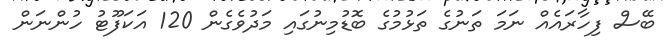
ބޭސް ފިހާރައެއް ނަމަ ތަނުގެ ތަޅުމުގެ ބޮޑުމިނުގައި މަދުވެގެން 120 އަކަފޫޓު ހުންނަން